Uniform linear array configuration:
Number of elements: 12
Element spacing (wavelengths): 1
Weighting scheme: binomial
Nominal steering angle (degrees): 30
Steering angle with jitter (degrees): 29.349
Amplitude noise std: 0.05
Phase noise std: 0.05

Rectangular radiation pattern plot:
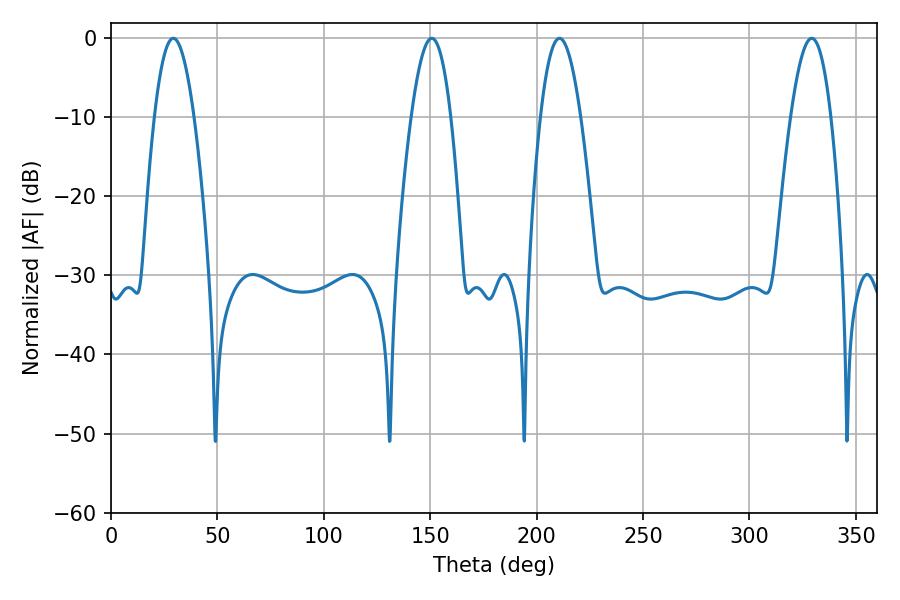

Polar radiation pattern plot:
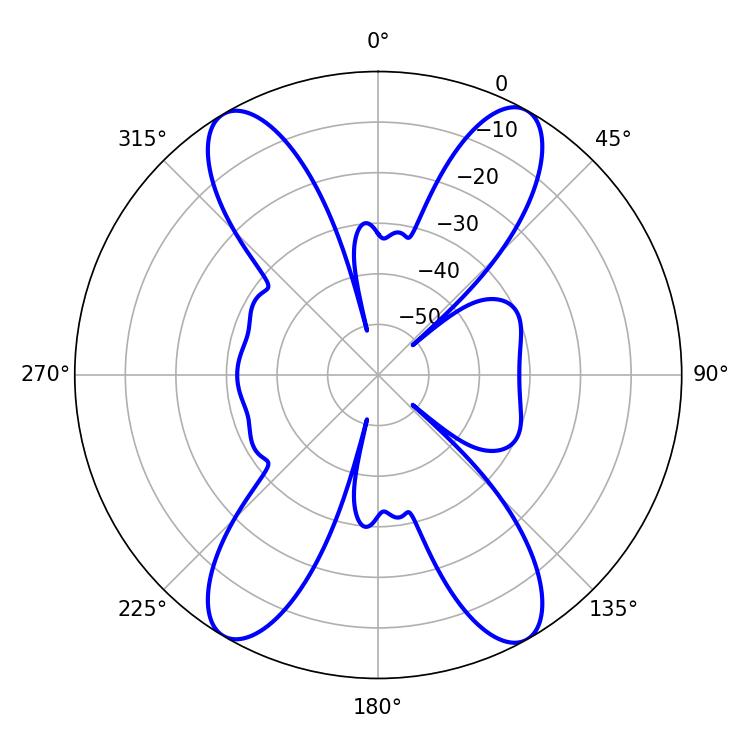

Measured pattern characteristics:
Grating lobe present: TRUE
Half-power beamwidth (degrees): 10.26
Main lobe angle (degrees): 329.22